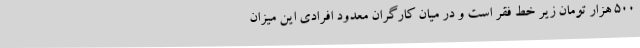
500 هزار تومان زیر خط فقر است و در میان کارگران معدود افرادی این میزان